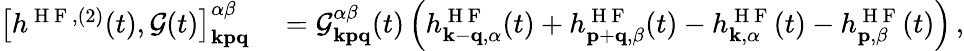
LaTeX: \begin{array}{rl}{\left[h^{\mathrm{~H~F~},(2)}(t),\mathcal{G}(t)\right]_{\mathbf{kpq}}^{\alpha\beta}}&{{}=\mathcal{G}_{\mathbf{kpq}}^{\alpha\beta}(t)\left(h_{\mathbf{k}-\mathbf{q},\alpha}^{\mathrm{~H~F~}}(t)+h_{\mathbf{p}+\mathbf{q},\beta}^{\mathrm{~H~F~}}(t)-h_{\mathbf{k},\alpha}^{\mathrm{~H~F~}}(t)-h_{\mathbf{p},\beta}^{\mathrm{~H~F~}}(t)\right)\, ,}\end{array}